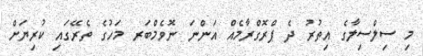
މި ސިލްސިލާގެ އިތުރު ދެ ޕްރޮގްރާމެއް އަންނަ ނޮވެމްބަރ މަހުގެ ތެރޭގައި ކުރިޔަށް